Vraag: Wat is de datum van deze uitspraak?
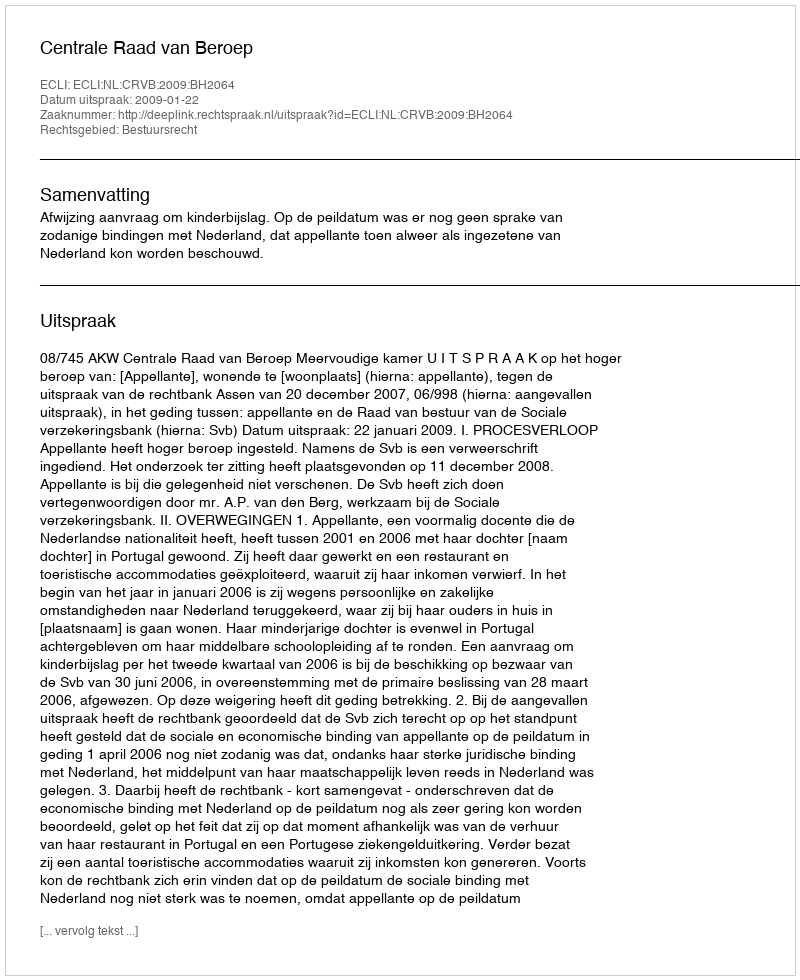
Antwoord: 2009-01-22